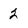
Character: 2